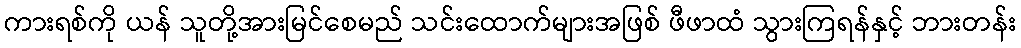
ကားရစ်ကို ယန် သူတို့အားမြင်စေမည် သင်းထောက်များအဖြစ် ဖီဖာထံ သွားကြရန်နှင့် ဘားတန်း